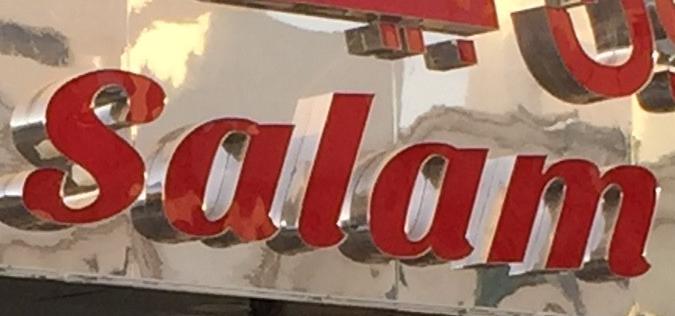
salam